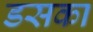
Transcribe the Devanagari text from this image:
डसका